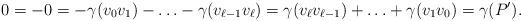
LaTeX: \begin{align*}0=-0=-\gamma(v_0v_{1})-\ldots-\gamma(v_{\ell-1}v_\ell)=\gamma(v_{\ell}v_{\ell-1})+\ldots+\gamma(v_1v_0)=\gamma(P').\end{align*}